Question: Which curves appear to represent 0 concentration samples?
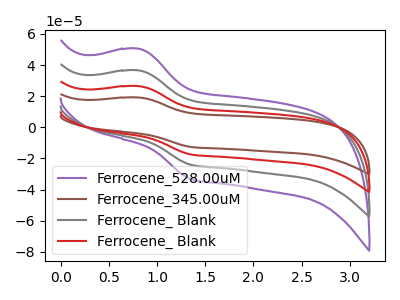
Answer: <think>The purple curve "Ferrocene_528.00uM" has an anodic peak at (0.80V, 50.55uA) and a cathodic peak at (1.35V, -33.15uA). The brown curve "Ferrocene_345.00uM" has an anodic peak at (0.80V, 109.70uA) and a cathodic peak at (1.35V, -72.00uA). The gray curve "Ferrocene_ Blank" has an anodic peak at (0.80V, 36.55uA) and a cathodic peak at (1.35V, -24.00uA). The red curve "Ferrocene_ Blank" has an anodic peak at (0.80V, 73.15uA) and a cathodic peak at (1.35V, -48.00uA).</think>
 <answer>There are not any CV's on this graph that are likely to be blanks.</answer>
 <eval>none</eval>